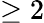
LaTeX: \geq 2